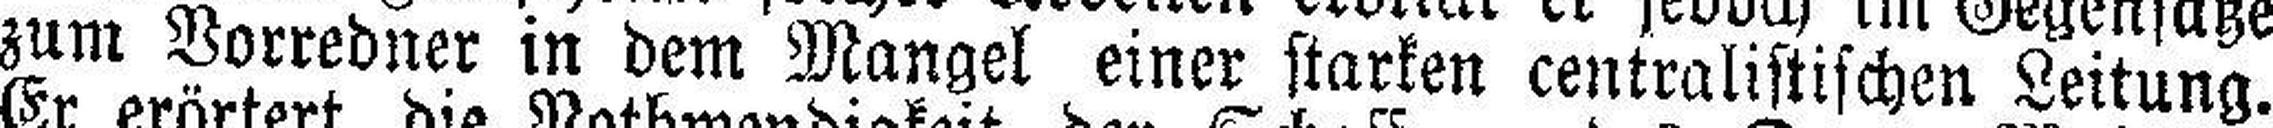
zum Vorredner in dem Mangel einer starken centralistischon Leitung.